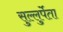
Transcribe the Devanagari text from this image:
सुल्लुर्पेता